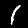
Label: 1